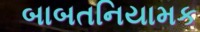
બાબતનિયામક